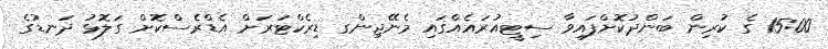
15:00 ގެ ކުރިން ބަންދުކޮށްފައިވާ ސިޓީއުރައެއްގައި މެނޭޖިންގ ޑިރެކްޓަރަށް އެޑްރެސްކޮށް ގަލޮޅު ދަނޑުގެ